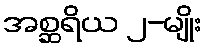
အစ္ဆရိယ ၂-မျိုး